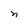
Character: N